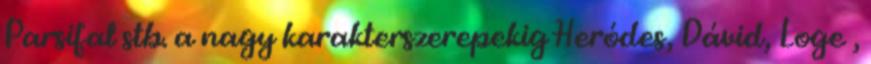
Parsifal stb. a nagy karakterszerepekig Heródes, Dávid, Loge ,